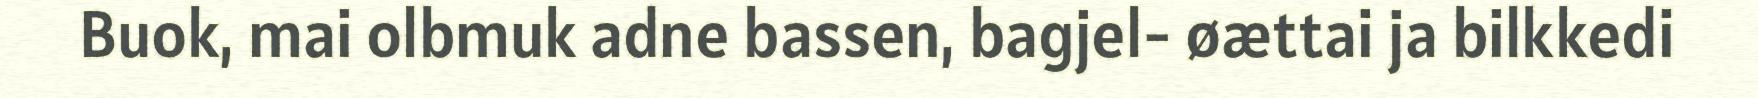
Buok, mai olbmuk adne bassen, bagjel- øættai ja bilkkedi